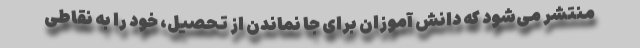
منتشر می‌شود که دانش آموزان برای جا نماندن از تحصیل، خود را به نقاطی